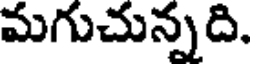
మగుచున్నది.